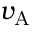
v _ { \mathrm { A } }